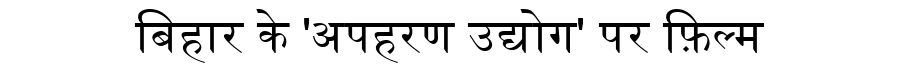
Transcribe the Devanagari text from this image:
बिहार के 'अपहरण उद्योग' पर फ़िल्म